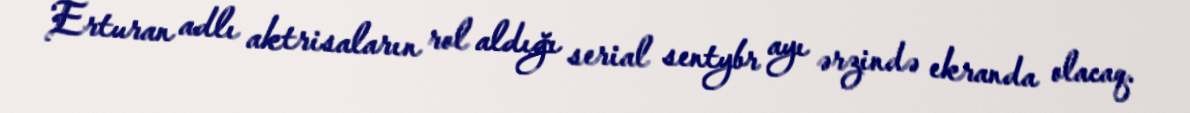
Erturan adlı aktrisaların rol aldığı serial sentybr ayı ərzində ekranda olacaq.